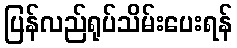
ပြန်လည်ရုပ်သိမ်းပေးရန်